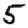
Digit: 5